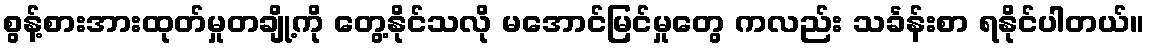
စွန့်စားအားထုတ်မှုတချို့ကို တွေ့နိုင်သလို မအောင်မြင်မှုတွေ ကလည်း သင်္ခန်းစာ ရနိုင်ပါတယ်။